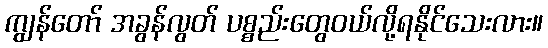
ကျွန်တော် အခွန်လွတ် ပစ္စည်းတွေဝယ်လို့ရနိုင်သေးလား။